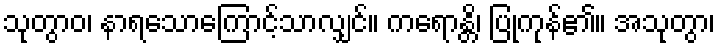
သုတွာဝ၊ နာရသောကြောင့်သာလျှင်။ ကရောန္တိ၊ ပြုကုန်၏။ အသုတွာ၊